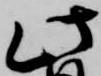
此